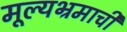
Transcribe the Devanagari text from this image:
मूल्यभ्रमाची